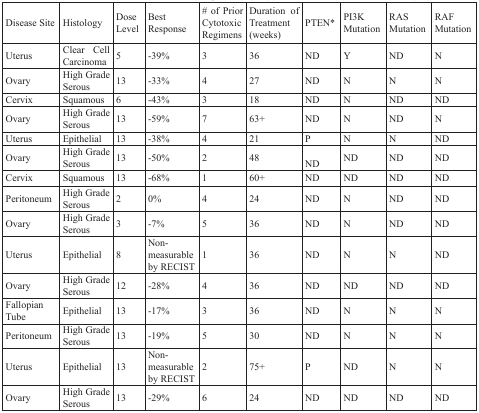
<table><thead><tr><td><b>Disease Site</b></td><td><b>Histology</b></td><td><b>Dose Level</b></td><td><b>Best Response</b></td><td><b># of Prior Cytotoxic Regimens</b></td><td><b>Duration of Treatment (weeks)</b></td><td><b>PTEN*</b></td><td><b>PI3K Mutation</b></td><td><b>RAS Mutation</b></td><td><b>RAF Mutation</b></td></tr></thead><tbody><tr><td>Uterus</td><td>Clear Cell Carcinoma</td><td>5</td><td>-39%</td><td>3</td><td>36</td><td>ND</td><td>Y</td><td>ND</td><td>N</td></tr><tr><td>Ovary</td><td>High Grade Serous</td><td>13</td><td>-33%</td><td>4</td><td>27</td><td>ND</td><td>N</td><td>N</td><td>N</td></tr><tr><td>Cervix</td><td>Squamous</td><td>6</td><td>-43%</td><td>3</td><td>18</td><td>ND</td><td>N</td><td>ND</td><td>ND</td></tr><tr><td>Ovary</td><td>High Grade Serous</td><td>13</td><td>-59%</td><td>7</td><td>63+</td><td>ND</td><td>N</td><td>ND</td><td>N</td></tr><tr><td>Uterus</td><td>Epithelial</td><td>13</td><td>-38%</td><td>4</td><td>21</td><td>P</td><td>N</td><td>N</td><td>ND</td></tr><tr><td>Ovary</td><td>High Grade Serous</td><td>13</td><td>-50%</td><td>2</td><td>48</td><td>ND</td><td>ND</td><td>ND</td><td>ND</td></tr><tr><td>Cervix</td><td>Squamous</td><td>13</td><td>-68%</td><td>1</td><td>60+</td><td>ND</td><td>ND</td><td>ND</td><td>ND</td></tr><tr><td>Peritoneum</td><td>High Grade Serous</td><td>2</td><td>0%</td><td>4</td><td>24</td><td>ND</td><td>N</td><td>ND</td><td>ND</td></tr><tr><td>Ovary</td><td>High Grade Serous</td><td>3</td><td>-7%</td><td>5</td><td>36</td><td>ND</td><td>N</td><td>ND</td><td>ND</td></tr><tr><td>Uterus</td><td>Epithelial</td><td>8</td><td>Non-measurable by RECIST</td><td>1</td><td>36</td><td>ND</td><td>N</td><td>N</td><td>ND</td></tr><tr><td>Ovary</td><td>High Grade Serous</td><td>12</td><td>-28%</td><td>4</td><td>36</td><td>ND</td><td>ND</td><td>ND</td><td>ND</td></tr><tr><td>Fallopian Tube</td><td>Epithelial</td><td>13</td><td>-17%</td><td>3</td><td>36</td><td>ND</td><td>N</td><td>N</td><td>N</td></tr><tr><td>Peritoneum</td><td>High Grade Serous</td><td>13</td><td>-19%</td><td>5</td><td>30</td><td>ND</td><td>N</td><td>N</td><td>N</td></tr><tr><td>Uterus</td><td>Epithelial</td><td>13</td><td>Non-measurable by RECIST</td><td>2</td><td>75+</td><td>P</td><td>ND</td><td>N</td><td>N</td></tr><tr><td>Ovary</td><td>High Grade Serous</td><td>13</td><td>-29%</td><td>6</td><td>24</td><td>ND</td><td>ND</td><td>ND</td><td>ND</td></tr></tbody></table>